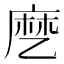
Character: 𬼳